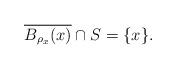
LaTeX: \begin{align*}\overline{ B_{\rho_x} (x)} \cap S = \{x\}.\end{align*}